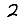
Digit: 2